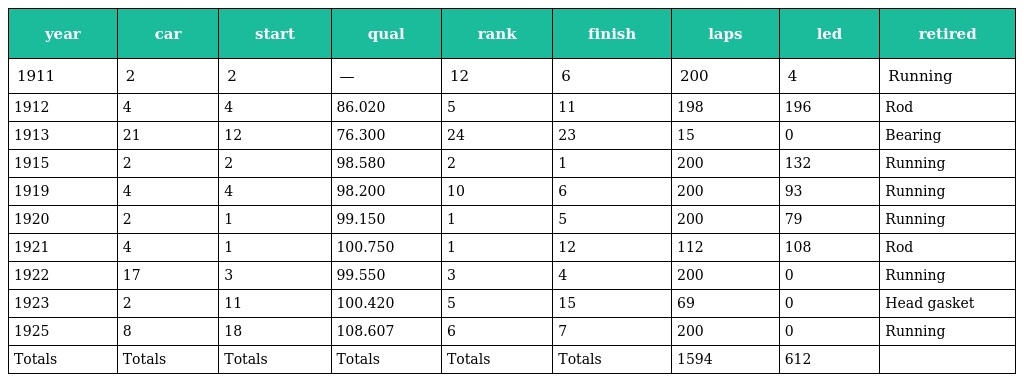
| year | car | start | qual | rank | finish | laps | led | retired |
 | --- | --- | --- | --- | --- | --- | --- | --- | --- |
 | 1911 | 2 | 2 | — | 12 | 6 | 200 | 4 | Running |
 | 1912 | 4 | 4 | 86.020 | 5 | 11 | 198 | 196 | Rod |
 | 1913 | 21 | 12 | 76.300 | 24 | 23 | 15 | 0 | Bearing |
 | 1915 | 2 | 2 | 98.580 | 2 | 1 | 200 | 132 | Running |
 | 1919 | 4 | 4 | 98.200 | 10 | 6 | 200 | 93 | Running |
 | 1920 | 2 | 1 | 99.150 | 1 | 5 | 200 | 79 | Running |
 | 1921 | 4 | 1 | 100.750 | 1 | 12 | 112 | 108 | Rod |
 | 1922 | 17 | 3 | 99.550 | 3 | 4 | 200 | 0 | Running |
 | 1923 | 2 | 11 | 100.420 | 5 | 15 | 69 | 0 | Head gasket |
 | 1925 | 8 | 18 | 108.607 | 6 | 7 | 200 | 0 | Running |
 | Totals | Totals | Totals | Totals | Totals | Totals | 1594 | 612 |  |